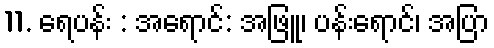
11. ရေပန်း : အရောင်: အဖြူ၊ ပန်းရောင်၊ အပြာ